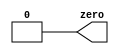
module top_module (
    output wire zero
);
    // Constantly output 0
    assign zero = 0;
endmodule